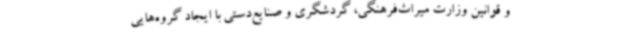
و قوانین وزارت میراث‌فرهنگی، گردشگری و صنایع‌دستی با ایجاد گروه‌هایی